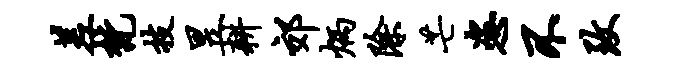
差梵技昱耕郊炳除芒恣不致